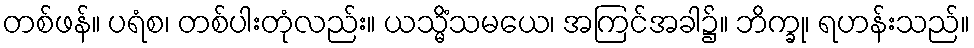
တစ်ဖန်။ ပရံစ၊ တစ်ပါးတုံလည်း။ ယသ္မိံသမယေ၊ အကြင်အခါ၌။ ဘိက္ခု၊ ရဟန်းသည်။